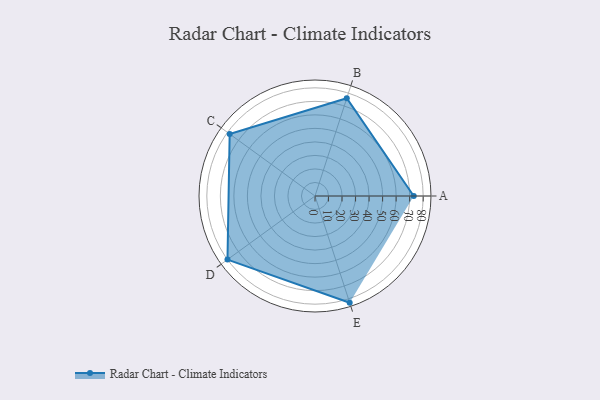
{"axis": {"x": "Skill", "y": "Score"}, "legend": ["Profile"], "data": [{"x": "A", "y": 73.0, "type": "Profile"}, {"x": "B", "y": 76.0, "type": "Profile"}, {"x": "C", "y": 78.0, "type": "Profile"}, {"x": "D", "y": 80.0, "type": "Profile"}, {"x": "E", "y": 83.0, "type": "Profile"}]}